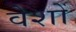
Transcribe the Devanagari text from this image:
वेशों